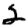
Digit: 2